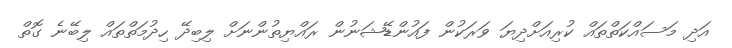
އަދި މަސައްކަތްތައް ކުރިއަށްދިޔަ ވަރަކުން ފައުންޑޭޝަނުން ރައްޔިތުންނަށް ލިބިދޭ ހިދުމަތްތައް ލިބޭނެ ގޮތް